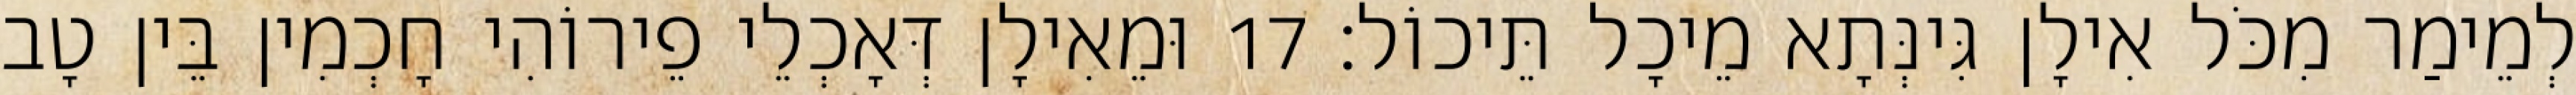
לְמֵימַר מִכֹּל אִילָן גִּינְּתָא מֵיכָל תֵּיכוֹל׃ 17 וּמֵאִילָן דְּאָכְלֵי פֵירוֹהִי חָכְמִין בֵּין טָב